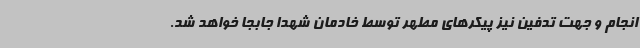
انجام و جهت تدفین نیز پیکرهای مطهر توسط خادمان شهدا جابجا خواهد شد.